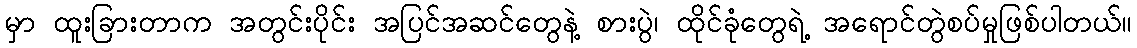
မှာ ထူးခြားတာက အတွင်းပိုင်း အပြင်အဆင်တွေနဲ့ စားပွဲ၊ ထိုင်ခုံတွေရဲ့ အရောင်တွဲစပ်မှုဖြစ်ပါတယ်။